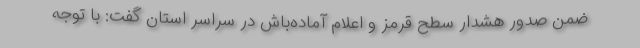
ضمن صدور هشدار سطح قرمز و اعلام آماده‌باش در سراسر استان گفت: با توجه